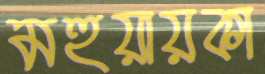
মহুয়ায়কা